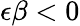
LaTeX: \epsilon\beta<0